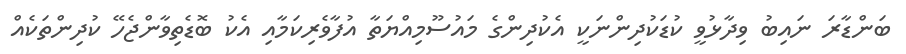
ބަންޑާރަ ނައިބު ވިދާޅުވީ ކުޑަކުދިންނަކީ އެކުދިންގެ މައުސޫމިއްޔަތާ އުފާވެރިކަމާއި އެކު ބޮޑެތިވާންޖެހޭ ކުދިންތަކެއް